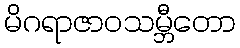
မိဂရာဇာဝသမ္ဘီတော